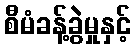
စီမံခန့်ခွဲမှုနှင့်